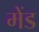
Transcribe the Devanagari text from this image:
मेंड